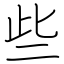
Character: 些